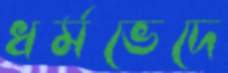
ধর্মভেদে